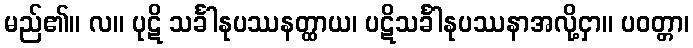
မည်၏။ လ။ ပုဋိ သင်္ခါနုပဿနတ္ထာယ၊ ပဋိသင်္ခါနုပဿနာအလို့ငှာ။ ပဝတ္တာ၊